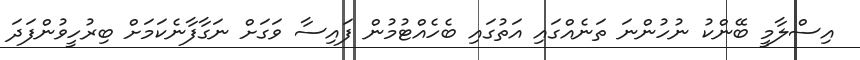
އިސްލާމީ ބޭންކު ނުހުންނަ ތަނެއްގައި އަތުގައި ބެހެއްޓުމުން ފައިސާ ވަގަށް ނަގާފާނެކަމަށް ބިރުހީވުންފަދަ